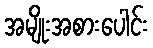
အမျိုးအစားပေါင်း